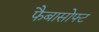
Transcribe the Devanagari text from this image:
फैबासोफ्ट